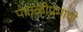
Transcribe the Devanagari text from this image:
पातळीप्रमाणे